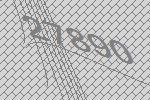
27890